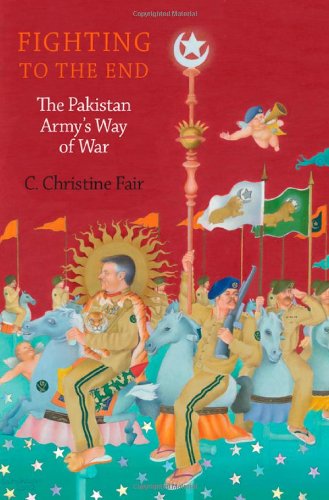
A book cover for Fighting to the End: The Pakistan Army's Way of War; C. Christine Fair; Law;